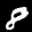
Label: 8